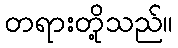
တရားတို့သည်။